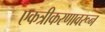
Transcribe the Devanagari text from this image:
एकत्रीकरणावरून